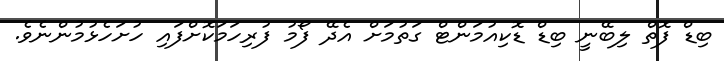
ބިޑް ފޮތް ލިބޭނީ ބިޑް ޑޮކިއުމަންޓް ގަތުމަށް އެދޭ ފޯމު ފުރިހަމަކޮށްފައި ހުށަހެޅުމުންނެވެ.